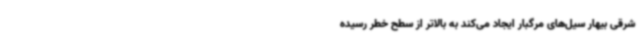
شرقی بیهار سیل‌های مرگبار ایجاد می‌کند به بالاتر از سطح خطر رسیده